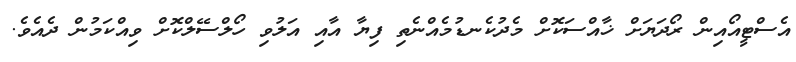
އެސްޓީއޯއިން ރޯދަޔަށް ޚާއްސަކޮށް މެދުކެނޑުމެއްނެތި ފިޔާ އާއި އަލުވި ހޯލްސޭލްކޮށް ވިއްކަމުން ދެއެވެ.